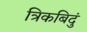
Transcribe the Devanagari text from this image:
त्रिकबिदुं